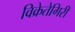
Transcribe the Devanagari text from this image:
विक्रेतेगिरी